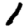
Digit: 1